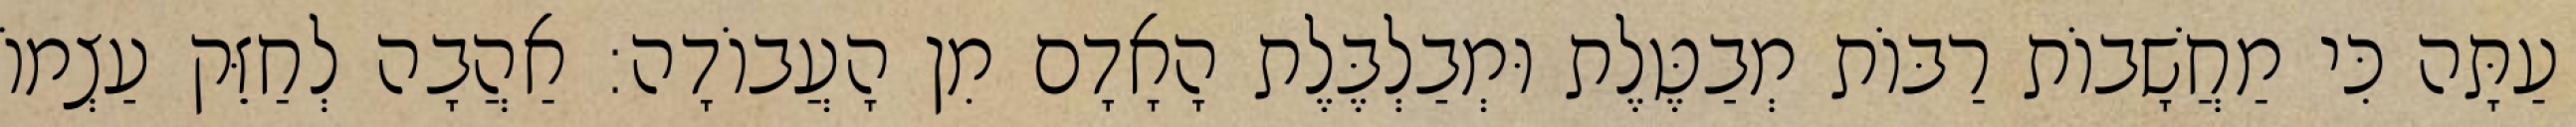
עַתָּה כִּי מַחֲשָׁבוֹת רַבּוֹת מְבַטֶּלֶת וּמְבַלְבֶּלֶת הָאָדָם מִן הָעֲבוֹדָה: אַהֲבָה לְחַזֵּק עַצְמוֹ